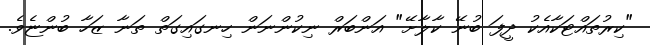
"ކިރުތައްޓަކާއެކު ދީފަ ބުނޭ ކާލާށޭ" އަންބަރް ނިކުންނަން ހިނގައިގަތް ތަނާ ޒަހާ ބުންޏެވެ.